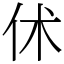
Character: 𠇲